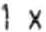
1 X